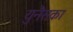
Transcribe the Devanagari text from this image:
युनैसका